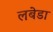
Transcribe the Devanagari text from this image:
लबेडा